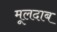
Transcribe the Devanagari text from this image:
मूलदाब